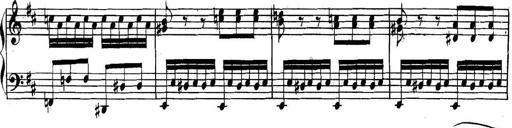
Title: Collected Piano Sonatas
Composer: Muzio Clementi